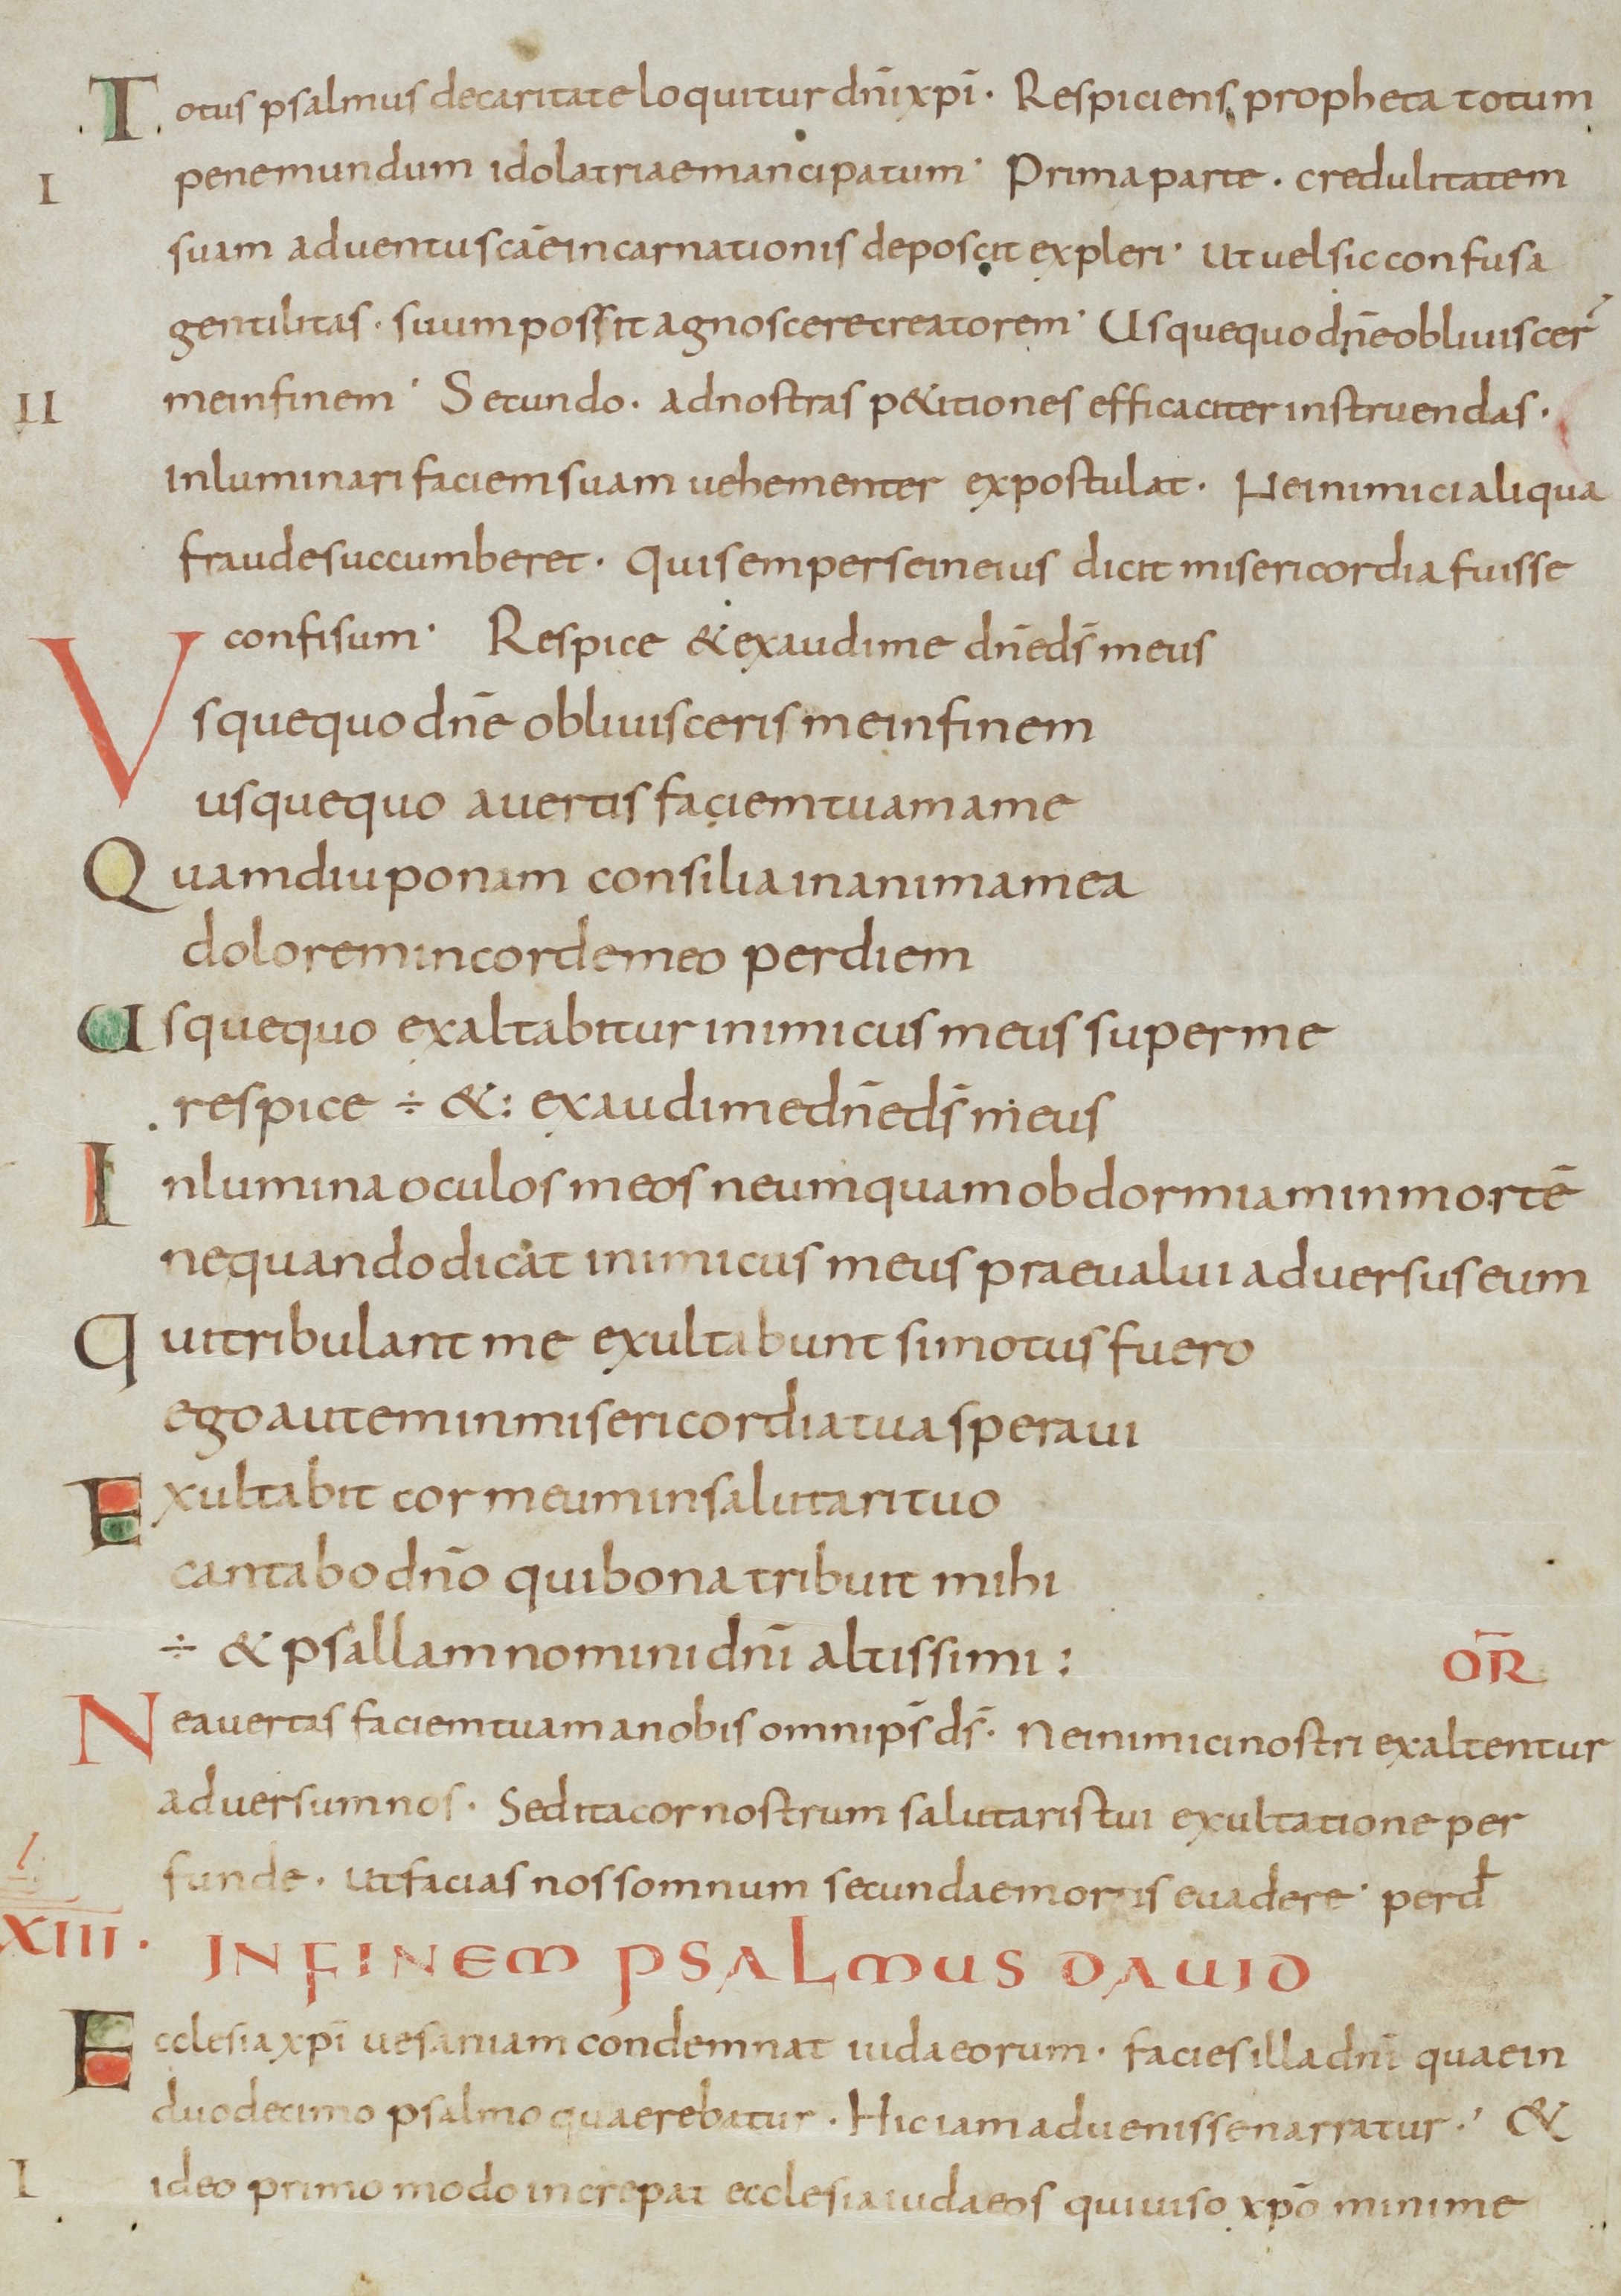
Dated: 800–899